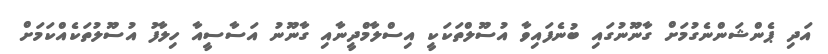
އަދި ޕެންޝަންނެގުމަށް ގާނޫނުގައި ބުނެފައިވާ އުސޫލްތަކަކީ އިސްލާމްދީނާއި ގާނޫނު އަސާސީއާ ހިލާފު އުސޫލުތަކެއްކަމަށް